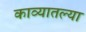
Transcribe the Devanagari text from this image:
काव्यातल्या